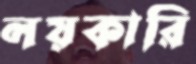
লয়কারি